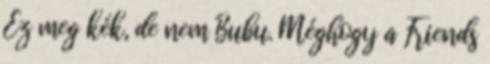
Ez meg kék, de nem Bubu. Méghogy a Friends